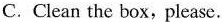
C. Clean the box,please.